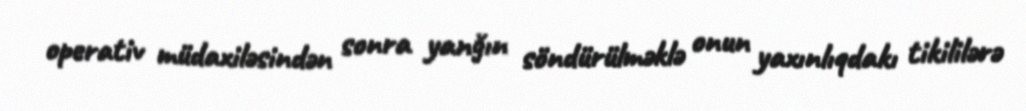
operativ müdaxiləsindən sonra yanğın söndürülməklə onun yaxınlıqdakı tikililərə